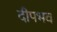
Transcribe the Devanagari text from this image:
दीपभव